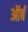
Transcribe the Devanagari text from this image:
ऑर्ब